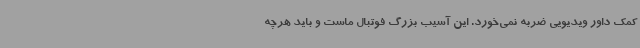
کمک داور ویدیویی ضربه نمی‌خورد. این آسیب بزرگ فوتبال ماست و باید هرچه